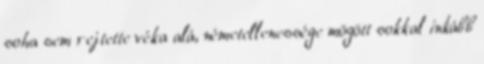
soha sem rejtette véka alá, németellenessége mögött sokkal inkább